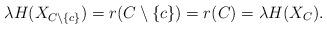
LaTeX: \begin{align*}\lambda H(X_{C\setminus\{c\}}) = r(C\setminus\{c\})= r(C)=\lambda H(X_C). \end{align*}